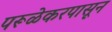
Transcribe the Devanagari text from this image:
परूळेकरपासून